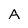
Character: A